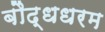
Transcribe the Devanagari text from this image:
बौद्धधरम